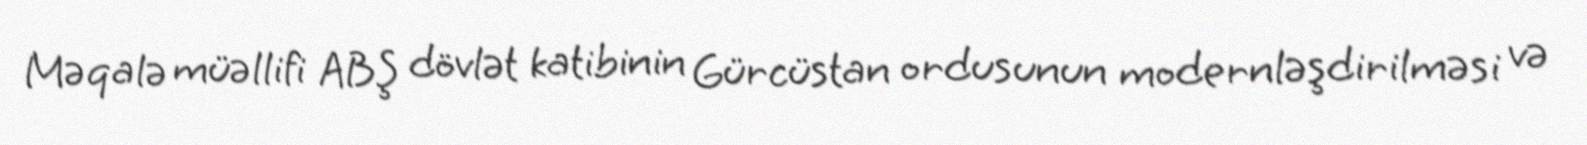
Məqalə müəllifi ABŞ dövlət katibinin Gürcüstan ordusunun modernləşdirilməsi və